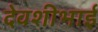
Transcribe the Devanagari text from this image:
देवशीभाई